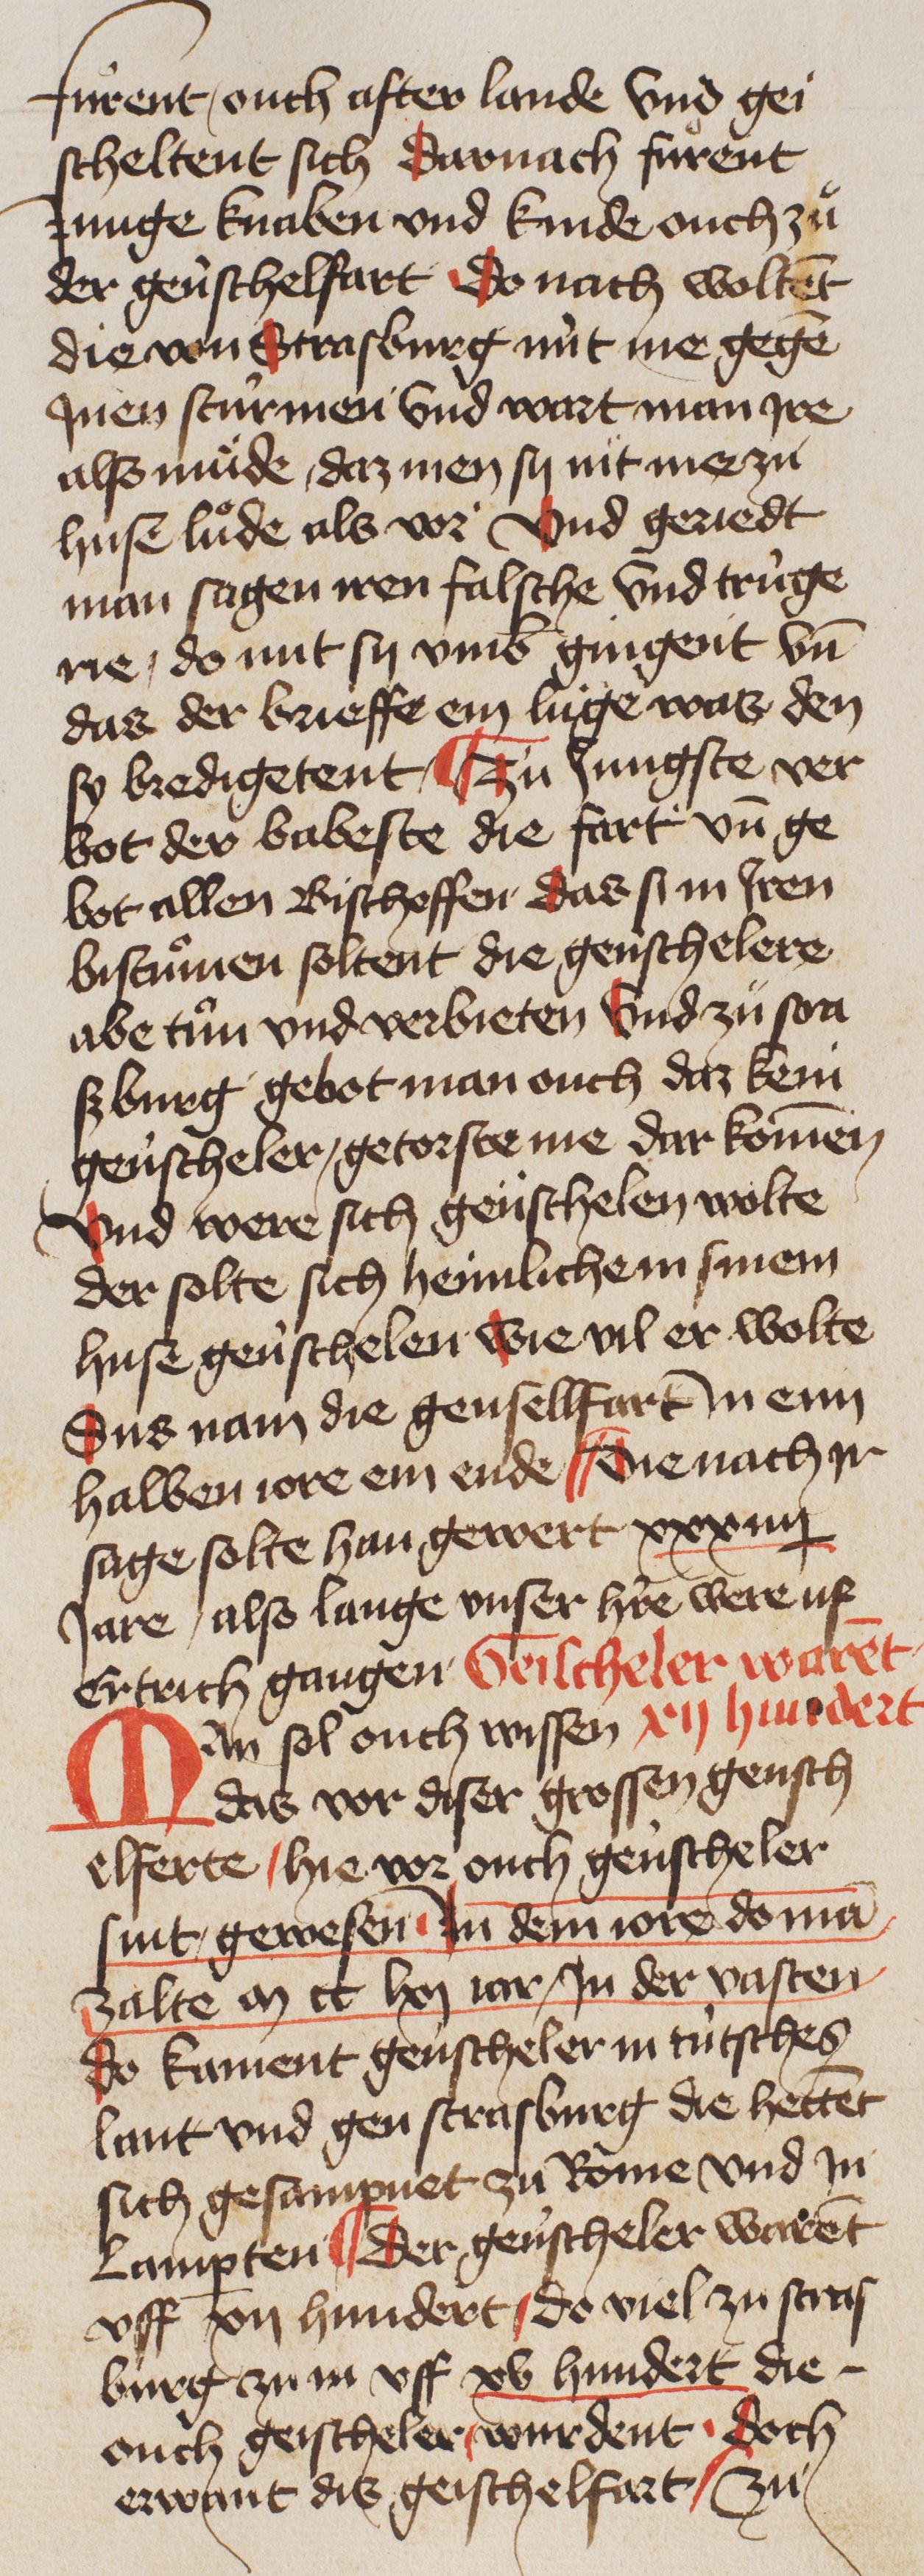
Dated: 1400–1449